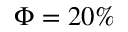
\Phi = 2 0 \%